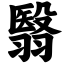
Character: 翳